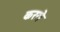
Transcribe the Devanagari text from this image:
करते